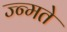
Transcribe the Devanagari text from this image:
ज्न्मते